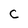
Character: C